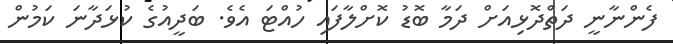
ފެންނާނީ ދަތްދޮޅިއަށް ދަމާ ބޮޑު ކޮށްލާފައި ހުއްޓަ އެވެ. ބަދީއުގެ ކުޅަދާނަ ކަމުން